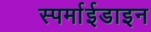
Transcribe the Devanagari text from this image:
स्पर्माईडाइन